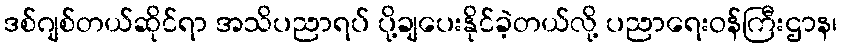
ဒစ်ဂျစ်တယ်ဆိုင်ရာ အသိပညာရပ် ပို့ချပေးနိုင်ခဲ့တယ်လို့ ပညာရေးဝန်ကြီးဌာန၊